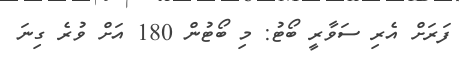
ފަރަށް އެރި ސަވާރީ ބޯޓު: މި ބޯޓުން 180 އަށް ވުރެ ގިނަ